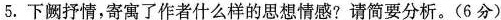
5.下阙抒情，寄寓了作者什么样的思想情感?请简要分析。(6分)